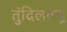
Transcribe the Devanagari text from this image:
तुंदिलतनू